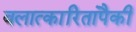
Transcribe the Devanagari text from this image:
बलात्‍कारितांपैकी